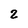
Character: 2